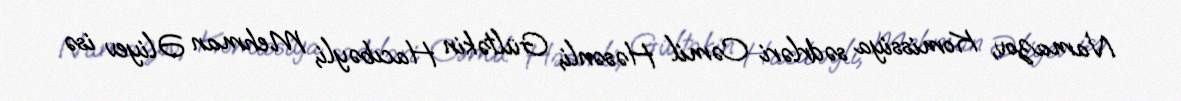
Namazov, Komissiya sədrləri Cəmil Həsənli, Gültəkin Hacıbəyli, Mehman Əliyev isə